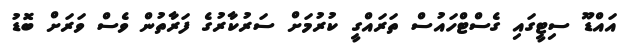
އައްޑޫ ސިޓީގައި ގެސްޓްހައުސް ތަރައްގީ ކުރުމަށް ސަރުކާރުގެ ފަރާތުން ވެސް ވަރަށް ބޮޑު